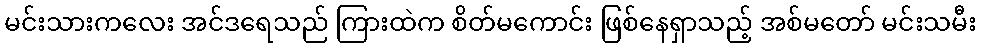
မင်းသားကလေး အင်ဒရေသည် ကြားထဲက စိတ်မကောင်း ဖြစ်နေရှာသည့် အစ်မတော် မင်းသမီး